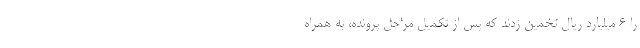
را 6 میلیارد ریال تخمین زدند که پس از تکمیل مراحل پرونده، به همراه